Civil Veterinary Dept. Bombay admin report 1914-1922 - 1914-1922
Year: 1914
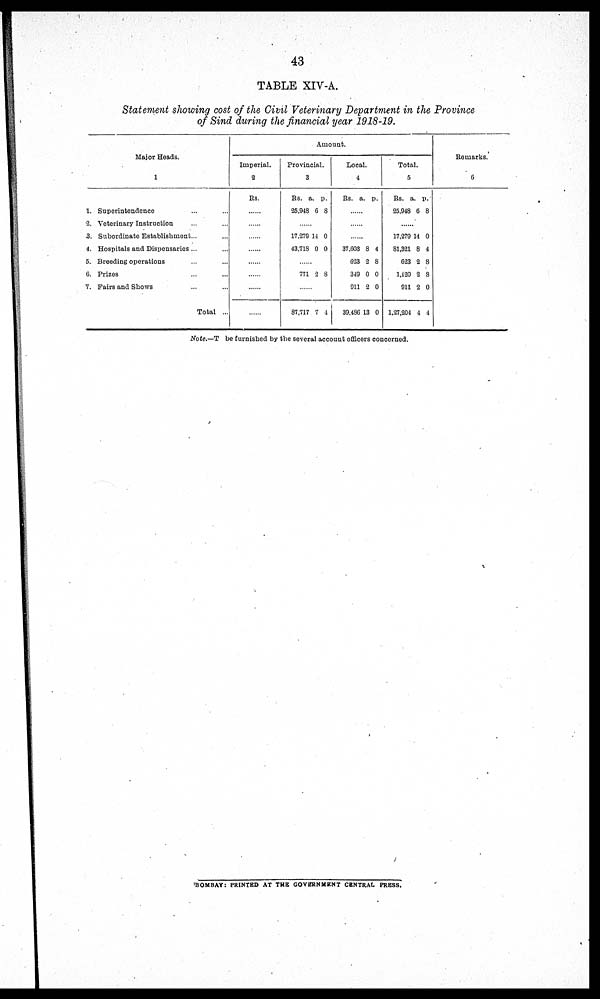
43
TABLE XIV-A.
Statement showing cost of the Civil Veterinary Department in the Province
of Sind during the financial year 1918-19.
Major Heads.
1
1. Superintendence … …
2. Veterinary Instruction … …
3. Subordinate Establishment ... ...
4. Hospitals and Dispensaries ... ...
5. Breeding operations... ...
6. Prizes ... ...
7. Fairs and Shows … …
Total ...
Amount.
Imperial.
2
Rs.
......
......
......
......
......
......
......
......
Provincial.
3
Rs.
25,948
a.
6
p.
8
......
17,279
43,718
14
0
0
0
......
771 2 8
......
87,717 7 4
Local.
4
Rs. a. p.
......
......
......
37,603
623
349
911
39,486
8
2
0
2
13
4
8
0
0
0
Total.
5
Rs.
25,948
a.
6
p.
8
......
17,279
81,321
623
1,120
911
1,27,204
14
8
2
2
2
4
0
4
8
8
0
4
Remarks.
6
Note.—T be furnished by the several account officers concerned.
BOMBAY: PRINTED AT THE GOVERNMENT CENTRAL PRESS.